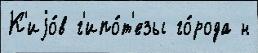
К'иjо́в г'ипо́т'езы го́рода н